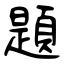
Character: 題